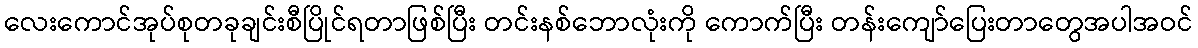
လေးကောင်အုပ်စုတခုချင်းစီပြိုင်ရတာဖြစ်ပြီး တင်းနစ်ဘောလုံးကို ကောက်ပြီး တန်းကျော်ပြေးတာတွေအပါအဝင်